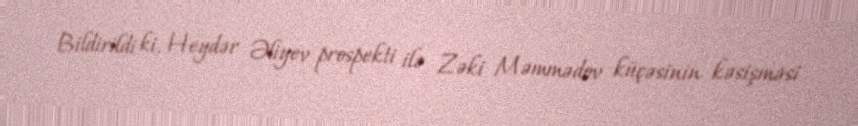
Bildirildi ki, Heydər Əliyev prospekti ilə Zəki Məmmədov küçəsinin kəsişməsi